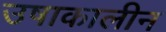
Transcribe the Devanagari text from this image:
उषाकालीन